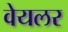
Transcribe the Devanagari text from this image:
वेयलर